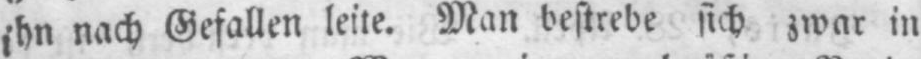
ihn nach Gefallen leite. Man bestrebe sich zwar in